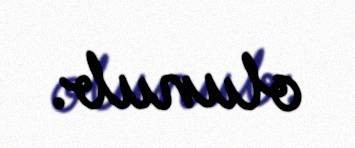
olunub.